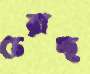
চেরাচ্ছ